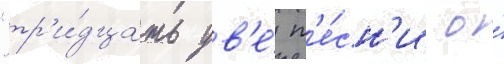
"тр'и́дцать дв'е́ п'е́сн'и о́